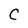
Character: C